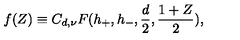
f ( Z ) \equiv C _ { d , \nu } F ( h _ { + } , h _ { - } , { \frac { d } { 2 } } , { \frac { 1 + Z } { 2 } } ) ,